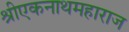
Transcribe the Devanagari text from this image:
श्रीएकनाथमहाराज